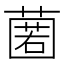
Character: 𮑆